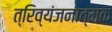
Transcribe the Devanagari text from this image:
त्रिव्यंजनात्मक